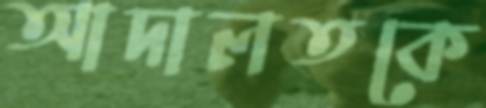
আদালতকে